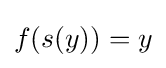
f(s(y))=y